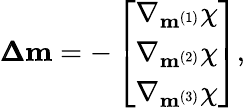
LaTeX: \pmb{\Delta}\mathbf{m}=-\left[\begin{array}{c}{\nabla_{\mathbf{m}^{(1)}}\chi}\\ {\nabla_{\mathbf{m}^{(2)}}\chi}\\ {\nabla_{\mathbf{m}^{(3)}}\chi}\end{array}\right],